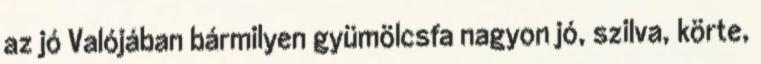
az jó Valójában bármilyen gyümölcsfa nagyon jó, szilva, körte,